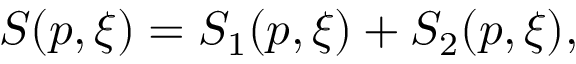
\begin{array} { r } { S ( p , \xi ) = S _ { 1 } ( p , \xi ) + S _ { 2 } ( p , \xi ) , } \end{array}